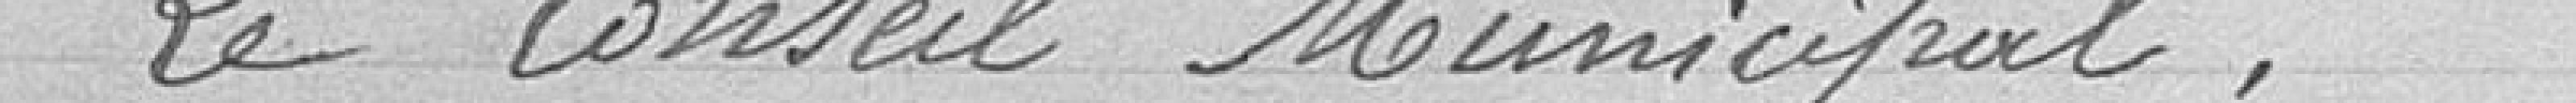
Le Conseil Municipal,